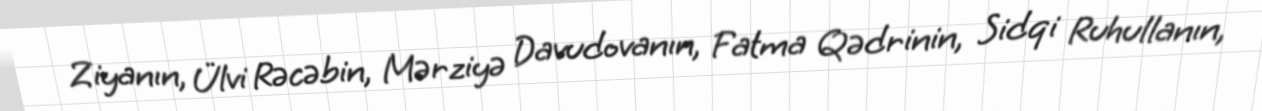
Ziyanın, Ülvi Rəcəbin, Mərziyə Davudovanın, Fatma Qədrinin, Sidqi Ruhullanın,